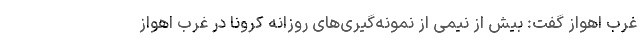
غرب اهواز گفت: بیش از نیمی از نمونه‌گیری‌های روزانه کرونا در غرب اهواز